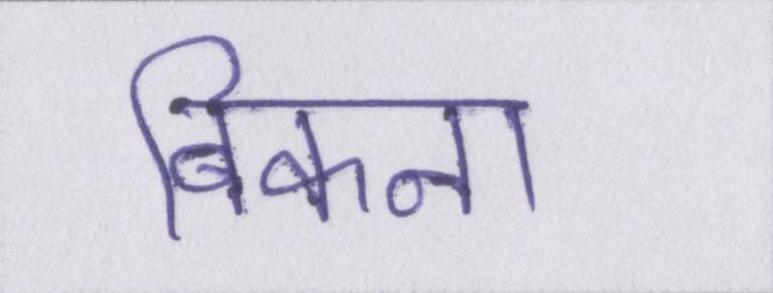
बिकना